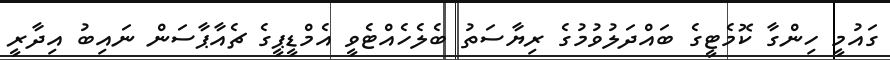
ގައުމީ ހިންގާ ކޮމެޓީގެ ބައްދަލުވުމުގެ ރިޔާސަތު ބެލެހެއްޓެވީ އެމްޑީޕީގެ ޗެއާޕާސަން ނައިބު އިދާރީ